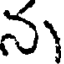
న